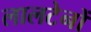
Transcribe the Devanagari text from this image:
लालटेनों